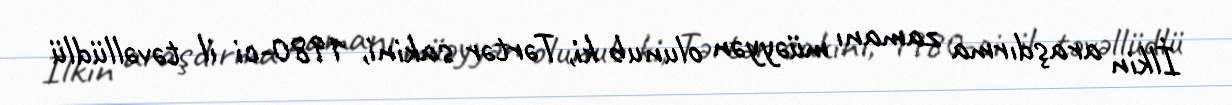
İlkin araşdırma zamanı müəyyən olunub ki, Tərtər sakini, 1980-ci il təvəllüdlü